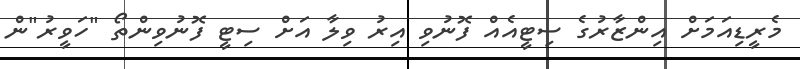
މެރީޑިއަމަށް އިންޒާރުގެ ސިޓީއެއް ފޮނުވި އިރު ވިލާ އަށް ސިޓީ ފޮނުވިންތޯ "ހަވީރު"ން